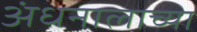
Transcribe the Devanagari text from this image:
अंधनालाच्या